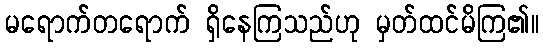
မရောက်တရောက် ရှိနေကြသည်ဟု မှတ်ထင်မိကြ၏။